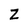
Character: Z